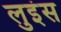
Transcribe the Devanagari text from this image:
लुइंस